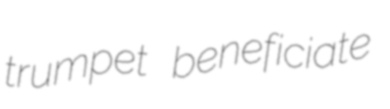
trumpet beneficiate